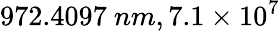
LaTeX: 972.4097~nm,7.1\times 10^{7}